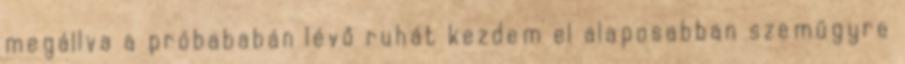
megállva a próbababán lévő ruhát kezdem el alaposabban szemügyre